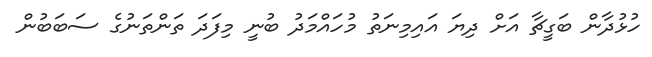
ހުޅުދާން ބަގީޗާ އަށް ދިޔަ އައިމިނަތު މުހައްމަދު ބުނީ މިފަދަ ތަންތަނުގެ ސަބަބުން